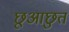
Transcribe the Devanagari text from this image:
छूआछुत